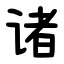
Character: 诸